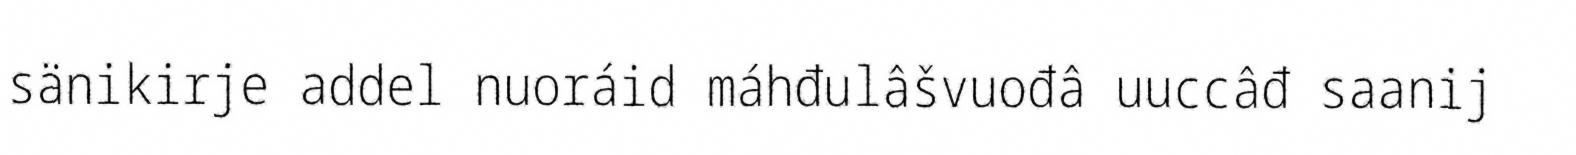
sänikirje addel nuoráid máhđulâšvuođâ uuccâđ saanij